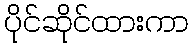
ပိုင်ဆိုင်ထားကာ